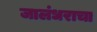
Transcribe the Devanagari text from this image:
जालंधराचा